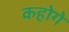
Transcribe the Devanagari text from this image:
कहोगे